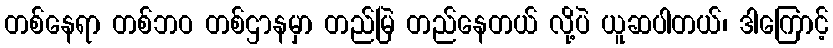
တစ်နေရာ တစ်ဘဝ တစ်ဌာနမှာ တည်မြဲ တည်နေတယ် လို့ပဲ ယူဆပါတယ်၊ ဒါကြောင့်